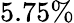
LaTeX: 5.75\%